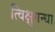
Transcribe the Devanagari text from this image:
त्विक्षुगन्धा